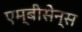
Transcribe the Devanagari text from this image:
एम्बीसेन्स